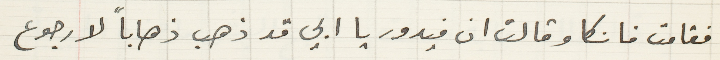
فقامت فانكا وقالت ان فيدور يا ابي قد ذهب ذهاباً لا رجوع